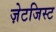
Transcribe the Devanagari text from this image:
ज़ेटजिस्ट